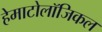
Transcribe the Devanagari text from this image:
हेमाटोलॉजिकल